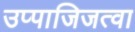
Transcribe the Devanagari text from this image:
उप्पाजिजत्वा